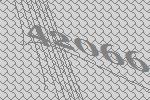
42066